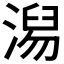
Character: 𣺅